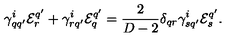
\gamma _ { q q ^ { \prime } } ^ { i } { \cal E } _ { r } ^ { q ^ { \prime } } + \gamma _ { r q ^ { \prime } } ^ { i } { \cal E } _ { q } ^ { q ^ { \prime } } = { \frac { 2 } { D - 2 } } \delta _ { q r } \gamma _ { s q ^ { \prime } } ^ { i } { \cal E } _ { s } ^ { q ^ { \prime } } .